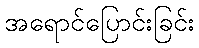
အရောင်ပြောင်းခြင်း